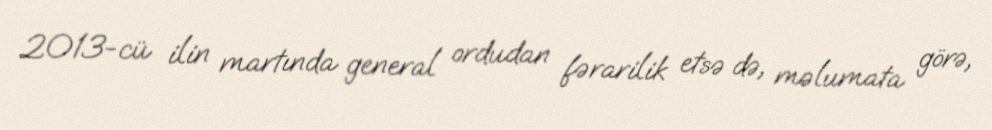
2013-cü ilin martında general ordudan fərarilik etsə də, məlumata görə,